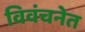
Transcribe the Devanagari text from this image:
विवंचनेत